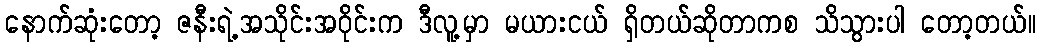
နောက်ဆုံးတော့ ဇနီးရဲ့အသိုင်းအဝိုင်းက ဒီလူ့မှာ မယားငယ် ရှိတယ်ဆိုတာကစ သိသွားပါ တော့တယ်။